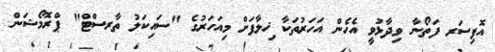
އޮފިސަރ ފަތޯނާ ވިދާޅުވީ އެހެން އަހަރުތަކާ ޚިލާފަށް މިއަހަރުގެ "ސައިކަލު ތާރސްޓް" ޕްރޮމޯޝަން